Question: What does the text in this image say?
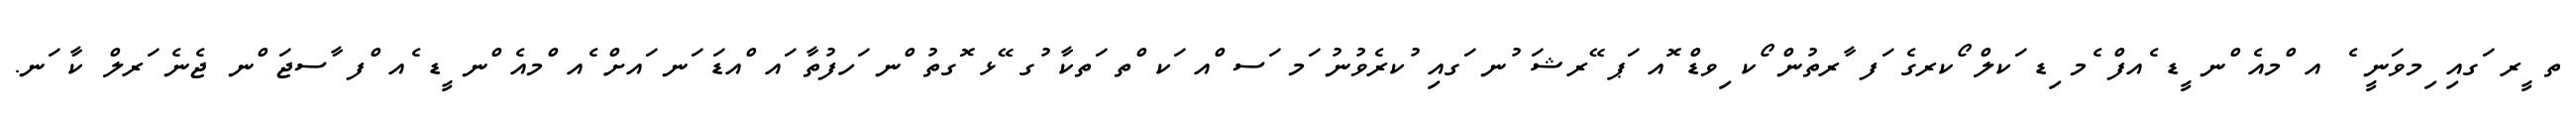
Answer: ތ ީރ ަގއި ިމވަނީ ެ އ ްމއެ ްނ ީޑ ެއފް ެމ ިޑ ަކލް ޯކރގެ ަފ ާރތުން ޯކ ިވޑް ޮއ ަޕ ޭރޝަ ުނ ަގއި ުކރެވުނު ަމ ަސ ްއ ަކ ްތ ަތކާ ުގ ޭޅ ޮގތު ްނ ަހފުތާ ައ ްއޑަ ަނ ައށް ެއ ްމއެ ްނ ީޑ ެއ ްފ ާސޖަ ްނ ޖެނެ ަރލް ކާ ަނ.